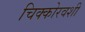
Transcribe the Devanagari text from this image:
चिक्कोरवशीं